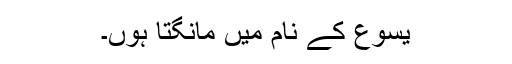
یسوع کے نام میں مانگتا ہوں۔